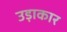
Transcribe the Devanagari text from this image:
उड़ाकार